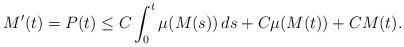
\begin{align*}M'(t)= P(t)\le C \int_0^t \mu(M(s)) \, ds + C \mu(M(t))+ C M(t).\end{align*}